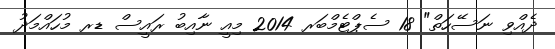
ދެއްވި ނަސޭހަތް" 18 ސެޕްޓެމްބަރ 2014 މިއީ ނާއިބު ރައީސް ޑރ މުހައްމަދު